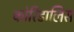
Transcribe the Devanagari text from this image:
कोरिडालिस